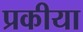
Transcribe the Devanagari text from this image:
प्रकीया